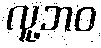
လူ့ဘဝ